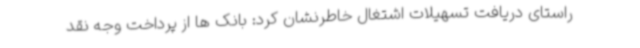
راستای دریافت تسهیلات اشتغال خاطرنشان کرد: بانک ها از پرداخت وجه نقد